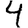
Digit: 4